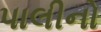
પાલીનો